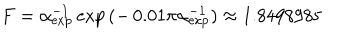
F = \alpha _ { \mathrm { e x p } } ^ { - 1 } \exp { ( - \, 0 . 0 1 \pi \alpha _ { \mathrm { e x p } } ^ { - 1 } ) } \approx 1 . 8 4 9 8 9 8 5